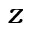
z